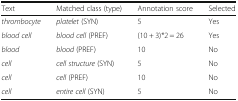
<table><thead><tr><td><b>Text</b></td><td><b>Matched class (type)</b></td><td><b>Annotation score</b></td><td><b>Selected</b></td></tr></thead><tbody><tr><td><i>thrombocyte</i></td><td><i>platelet</i> (SYN)</td><td>5</td><td>Yes</td></tr><tr><td><i>blood cell</i></td><td><i>blood cell</i> (PREF)</td><td>(10 + 3)*2 = 26</td><td>Yes</td></tr><tr><td><i>blood</i></td><td><i>blood</i> (PREF)</td><td>10</td><td>No</td></tr><tr><td><i>cell</i></td><td><i>cell structure</i> (SYN)</td><td>5</td><td>No</td></tr><tr><td><i>cell</i></td><td><i>cell</i> (PREF)</td><td>10</td><td>No</td></tr><tr><td><i>cell</i></td><td><i>entire cell</i> (SYN)</td><td>5</td><td>No</td></tr></tbody></table>